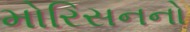
મોરિસનનો